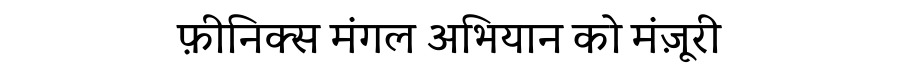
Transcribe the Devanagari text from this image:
फ़ीनिक्स मंगल अभियान को मंज़ूरी